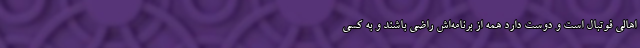
اهالی فوتبال است و دوست دارد همه از برنامه‌اش راضی باشند و به کسی